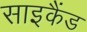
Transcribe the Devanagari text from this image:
साइकैंड